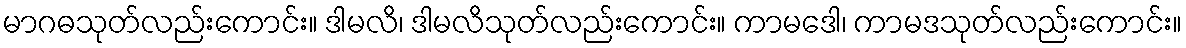
မာဂဓသုတ်လည်းကောင်း။ ဒါမလိ၊ ဒါမလိသုတ်လည်းကောင်း။ ကာမဒေါ၊ ကာမဒသုတ်လည်းကောင်း။